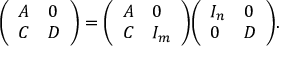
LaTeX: { \left( \begin{array} { l l } { A } & { 0 } \\ { C } & { D } \end{array} \right) } = { \left( \begin{array} { l l } { A } & { 0 } \\ { C } & { I _ { m } } \end{array} \right) } { \left( \begin{array} { l l } { I _ { n } } & { 0 } \\ { 0 } & { D } \end{array} \right) } .